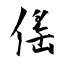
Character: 傜